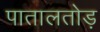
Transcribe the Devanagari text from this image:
पातालतोड़